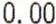
0.00